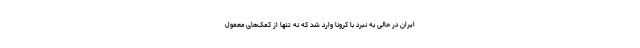
ایران در حالی به نبرد با کرونا وارد شد که نه تنها از کمک‌های معمول